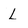
Character: L